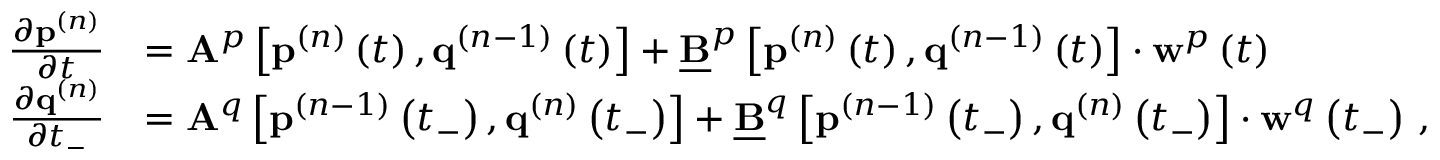
\begin{array} { r l } { \frac { \partial \mathbf { p } ^ { ( n ) } } { \partial t } } & { = \mathbf { A } ^ { p } \left[ \mathbf { p } ^ { ( n ) } \left( t \right) , \mathbf { q } ^ { ( n - 1 ) } \left( t \right) \right] + \underline { { \mathbf { B } } } ^ { p } \left[ \mathbf { p } ^ { ( n ) } \left( t \right) , \mathbf { q } ^ { ( n - 1 ) } \left( t \right) \right] \cdot \mathbf { w } ^ { p } \left( t \right) \, } \\ { \frac { \partial \mathbf { q } ^ { ( n ) } } { \partial t _ { - } } } & { = \mathbf { A } ^ { q } \left[ \mathbf { p } ^ { ( n - 1 ) } \left( t _ { - } \right) , \mathbf { q } ^ { ( n ) } \left( t _ { - } \right) \right] + \underline { { \mathbf { B } } } ^ { q } \left[ \mathbf { p } ^ { ( n - 1 ) } \left( t _ { - } \right) , \mathbf { q } ^ { ( n ) } \left( t _ { - } \right) \right] \cdot \mathbf { w } ^ { q } \left( t _ { - } \right) \, , } \end{array}